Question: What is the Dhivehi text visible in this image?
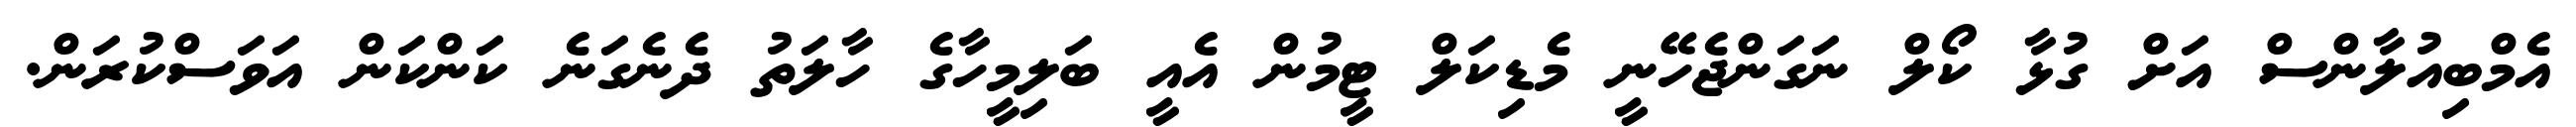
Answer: އެމްބިއުލާންސް އަށް ގުޅާ ކޯލް ނަގަންޖެހޭނީ މެޑިކަލް ޓީމުން އެއީ ބަލިމީހާގެ ހާލަތު ދެނެގަނެ ކަންކަން އަވަސްކުރަން.